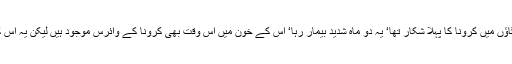
میلان کے ڈاکٹروں نے عوام کا معائنہ شروع کیا تو پتا چلا وکٹر اپنے پورے گاﺅں میں کرونا کا پہلا شکار تھا‘ یہ دو ماہ شدید بیمار رہا‘ اس کے خون میں اس وقت بھی کرونا کے وائرس موجود ہیں لیکن یہ اس کے باوجود موت سے بھی بچ گیا اور صحت یاب بھی ہو گیا‘ کیوں اور کیسے؟